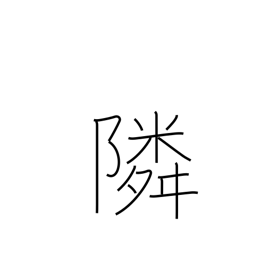
Meaning: neighboring